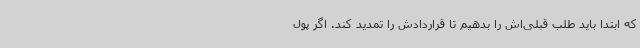
که ابتدا باید طلب قبلی‌اش را بدهیم تا قراردادش را تمدید کند. اگر پول